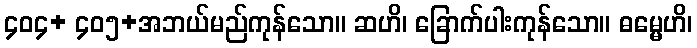
၄၀၄+ ၄၀၅+အဘယ်မည်ကုန်သော။ ဆဟိ၊ ခြောက်ပါးကုန်သော။ ဓမ္မေဟိ၊